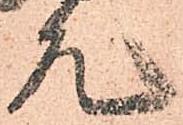
允